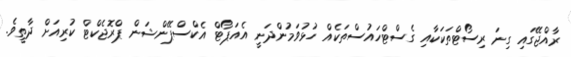
ރާއްޖޭގައި ގިނަ ރިސޯޓްތަކަކާއި ގެސްޓްހައުސްތަކެއް ހުޅުވަމުންދަނީ އެއަޕޯޓް އެކްސްޕޭންޝަން ޕްރޮޖެކްޓް ކުރިއަށް ދާތީވެ.